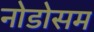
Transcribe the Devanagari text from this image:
नोडोसम